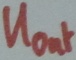
Text: Uout